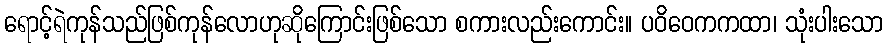
ရောင့်ရဲကုန်သည်ဖြစ်ကုန်လောဟုဆိုကြောင်းဖြစ်သော စကားလည်းကောင်း။ ပဝိဝေကကထာ၊ သုံးပါးသော